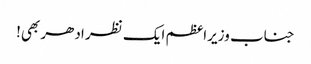
جناب وزیراعظم ایک نظر ادھر بھی!